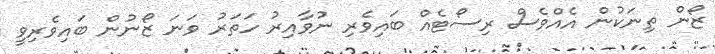
ޒޯން ތިނަކުން އެއްވެސް ރިސޯޓެއް ބައިވެރި ނުވާއިރު ހަތަރު ވަނަ ޒޯނުން ބައިވެރިވީ